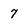
Character: 7